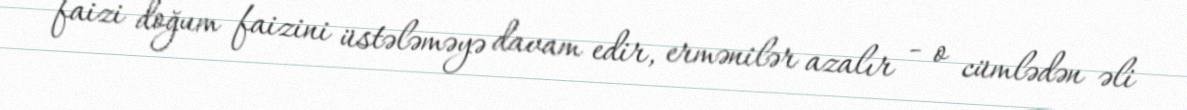
faizi doğum faizini üstələməyə davam edir, ermənilər azalır - o cümlədən əli